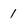
Character: 1